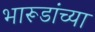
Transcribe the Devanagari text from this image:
भारूडांच्या